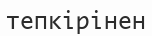
тепкірінен